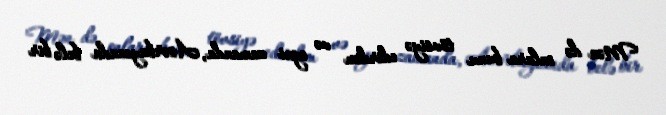
Mən də onlara bunu tövsiyə edirdim və eyni zamanda, Azərbaycanda belə bir